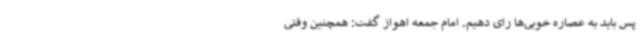
پس باید به عصاره خوبی‌ها رای دهیم. امام جمعه اهواز گفت: همچنین وقتی